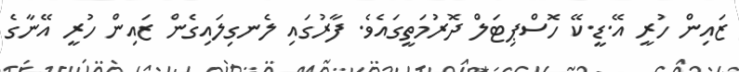
ޒައިން ހުރީ އޭ.ޑީ.ކޭ ހޮސްޕިޓަލް ދޮރުމަތީގައެވެ. ފާރުގައި ލެނގިލައިގެން ޒައިން ހުރީ އޭނާގެ